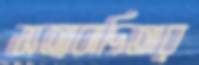
সত্যবাদিতার